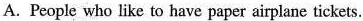
A. People who like to have paper airplane tickets.